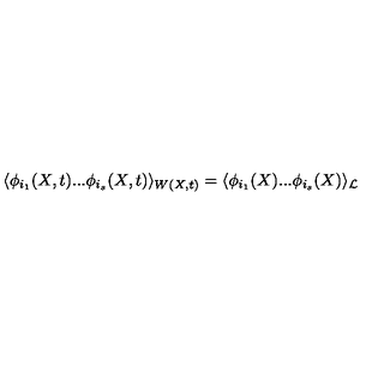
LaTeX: \langle \phi _ { i _ { 1 } } ( X , t ) . . . \phi _ { i _ { s } } ( X , t ) \rangle _ { W ( X , t ) } = \langle \phi _ { i _ { 1 } } ( X ) . . . \phi _ { i _ { s } } ( X ) \rangle _ { \cal L }